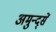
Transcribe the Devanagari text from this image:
अमुन्द्सें